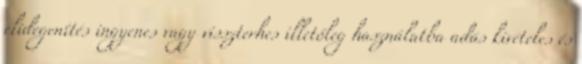
elidegenítés ingyenes vagy visszterhes illetőleg használatba adás kivételes és